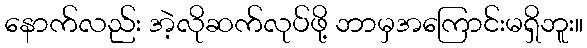
နောက်လည်း အဲ့လိုဆက်လုပ်ဖို့ ဘာမှအကြောင်းမရှိဘူး။